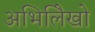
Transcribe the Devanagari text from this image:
अभिलिेखो